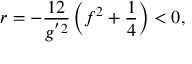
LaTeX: r = - \frac { 1 2 } { g ^ { ' 2 } } \left( f ^ { 2 } + \frac { 1 } { 4 } \right) < 0 ,